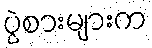
ပွဲစားများက